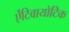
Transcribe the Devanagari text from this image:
ऐंटिवायोटिक